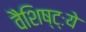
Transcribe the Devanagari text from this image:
वैशिष्ट्ःये